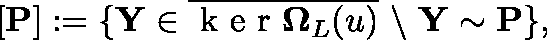
\left[ \mathbf { P } \right] : = \{ \mathbf { Y } \in \overline { { \mathrm { ~ k ~ e ~ r ~ } \mathbf { \Omega } _ { L } ( \mathfrak { u } ) } } \ \backslash \ \mathbf { Y } \sim \mathbf { P } \} ,